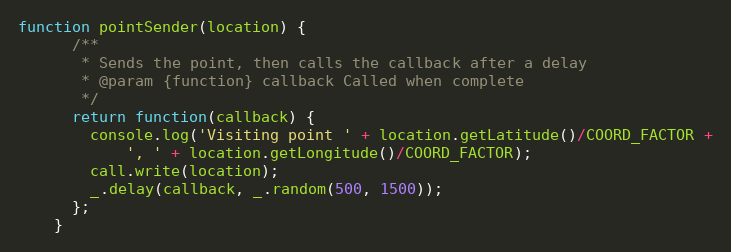
Language: JavaScript
function pointSender(location) {
      /**
       * Sends the point, then calls the callback after a delay
       * @param {function} callback Called when complete
       */
      return function(callback) {
        console.log('Visiting point ' + location.getLatitude()/COORD_FACTOR +
            ', ' + location.getLongitude()/COORD_FACTOR);
        call.write(location);
        _.delay(callback, _.random(500, 1500));
      };
    }